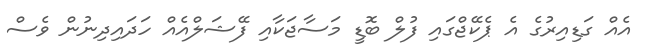
އެއް ގަޑިއިރުގެ އެ ޕެކޭޖްގައި ފުލް ބޮޑީ މަސާޖަކާއި ފޭޝަލްއެއް ހަދައިދިނުން ވެސް